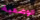
الوضعية